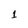
Character: 1